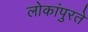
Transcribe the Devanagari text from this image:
लोकांपुरते